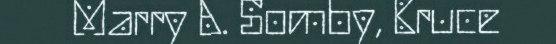
Marry A. Somby, Bruce